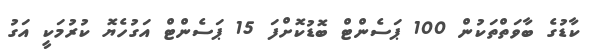
ކާޑުގެ ބާވަތްތަކުން 100 ޕަސެންޓް ބޮޑުކޮށްފަ 15 ޕަސެންޓް އަގުހެޔޮ ކުރުމަކީ އަގު